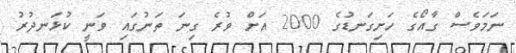
ނަމަވެސް ގާއޯގެ ހަށިގަނޑުގެ 2000 އަށް ވުރެ ގިނަ ތަނުގައި ވަނީ ކުޅަނދުރު